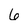
Character: 6